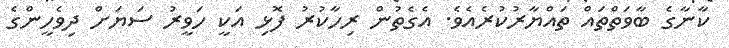
ކާނާގެ ބާވަތްތައް ތައްޔާރުކުރެއެވެ. އެގެތުން ރިހާކުރު ފޮޅި އަކީ ހަވީރު ސަޔަށް ދިވެހީންގެ